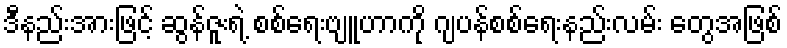
ဒီနည်းအားဖြင့် ဆွန်ဇူးရဲ့ စစ်ရေးဗျူဟာကို ဂျပန်စစ်ရေးနည်းလမ်း တွေအဖြစ်